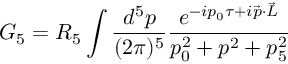
G _ { 5 } = R _ { 5 } \int \frac { d ^ { 5 } p } { ( 2 \pi ) ^ { 5 } } \frac { e ^ { - i p _ { 0 } \tau + i \vec { p } \cdot \vec { L } } } { p _ { 0 } ^ { 2 } + p ^ { 2 } + p _ { 5 } ^ { 2 } }